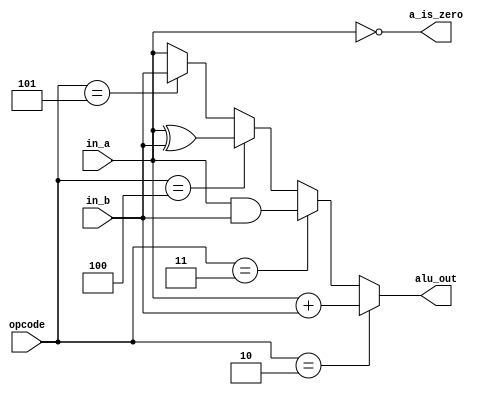
module alu
#(
  parameter WIDTH = 8
 )
 (
  input  wire [WIDTH-1:0] in_a,
  input  wire [WIDTH-1:0] in_b,
  input  wire [      2:0] opcode,
  output reg  [WIDTH-1:0] alu_out,
  output reg             a_is_zero
 );
 
  localparam ADD=2, AND=3, XOR=4, PASSB=5;

  always @*
    begin
      a_is_zero = (in_a == 0);
      if ( opcode == ADD )   alu_out = in_a + in_b; else
      if ( opcode == AND )   alu_out = in_a & in_b; else
      if ( opcode == XOR )   alu_out = in_a ^ in_b; else
      if ( opcode == PASSB ) alu_out = in_b;        else
                             alu_out = in_a;
    end

endmodule